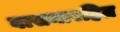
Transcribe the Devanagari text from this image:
वासनारहित